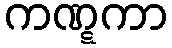
ကဏ္ဋကာ